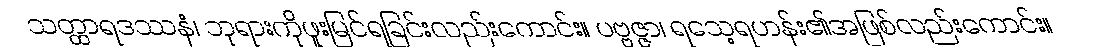
သတ္ထာရဒဿနံ၊ ဘုရားကိုဖူးမြင်ရခြင်းလည်းကောင်း။ ပဗ္ဗဇ္ဇာ၊ ရသေ့ရဟန်း၏အဖြစ်လည်းကောင်း။